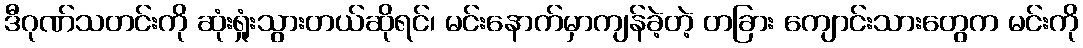
ဒီဂုဏ်သတင်းကို ဆုံးရှုံးသွားတယ်ဆိုရင်၊ မင်းနောက်မှာကျန်ခဲ့တဲ့ တခြား ကျောင်းသားတွေက မင်းကို